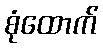
စုံထောက်